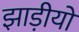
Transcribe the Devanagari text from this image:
झाड़ीयों